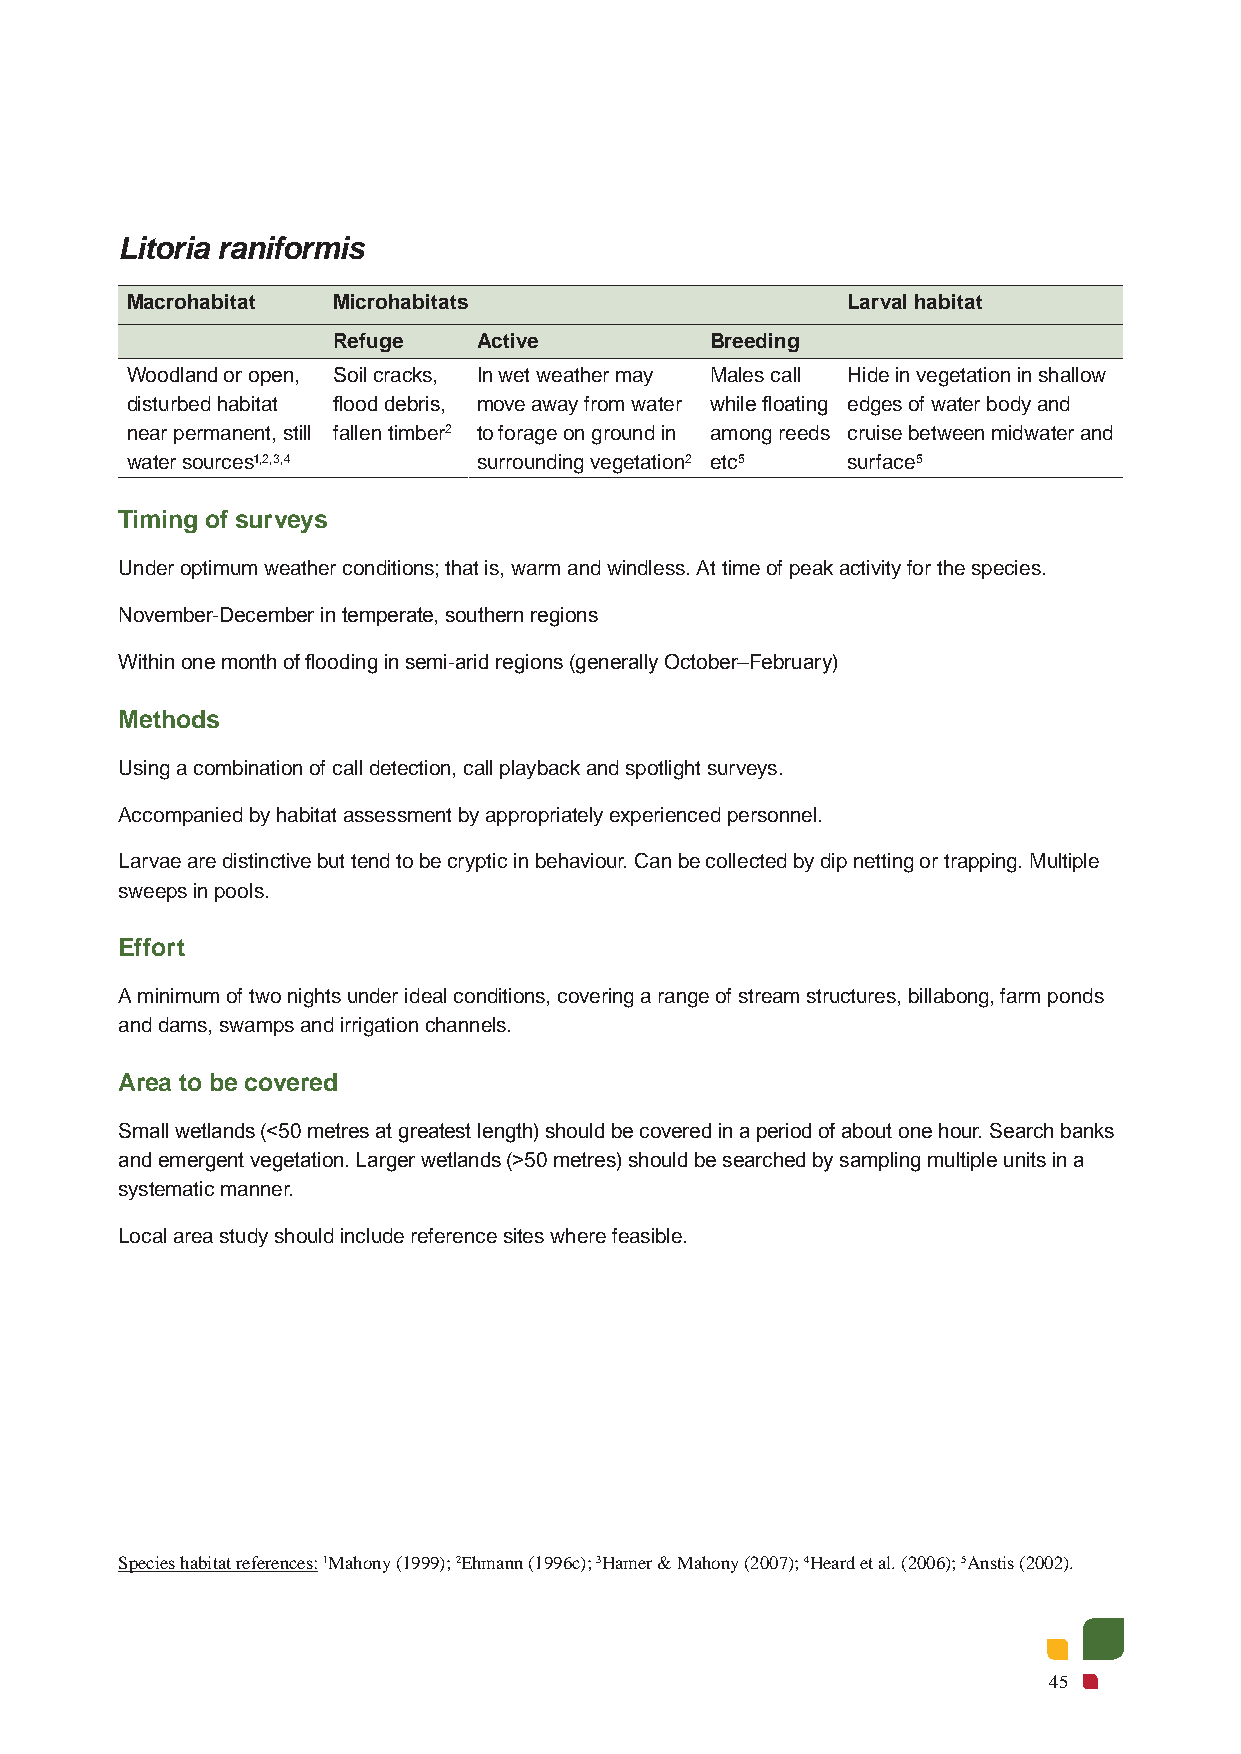
Litoria raniformis
 Macrohabitat  Microhabitats                     Larval habitat
 Refuge    Active         Breeding
 Woodland or open, Soil cracks, In wet weather may Males call Hide in vegetation in shallow
 disturbed habitat flood debris, move away from water while floating edges of water body and
 near permanent, still fallen timber2 to forage on ground in among reeds cruise between midwater and
 water sources1,2,3,4    surrounding vegetation2 etc5 surface5
 Timing of surveys
 Under optimum weather conditions; that is, warm and windless. At time of peak activity for the species.
 November-December in temperate, southern regions
 Within one month of flooding in semi-arid regions (generally October–February)
 Methods
 Using a combination of call detection, call playback and spotlight surveys.
 Accompanied by habitat assessment by appropriately experienced personnel.
 Larvae are distinctive but tend to be cryptic in behaviour. Can be collected by dip netting or trapping. Multiple
 sweeps in pools.
 Effort
 A minimum of two nights under ideal conditions, covering a range of stream structures, billabong, farm ponds
 and dams, swamps and irrigation channels.
 Area to be covered
 Small wetlands (<50 metres at greatest length) should be covered in a period of about one hour. Search banks
 and emergent vegetation. Larger wetlands (>50 metres) should be searched by sampling multiple units in a
 systematic manner.
 Local area study should include reference sites where feasible.
 Species habitat references: 1Mahony (1999); 2Ehmann (1996c); 3Hamer & Mahony (2007); 4Heard et al. (2006); 5Anstis (2002).
 45